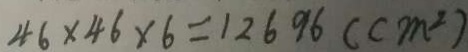
4 6 \times 4 6 \times 6 = 1 2 6 9 6 ( c m ^ { 2 } )